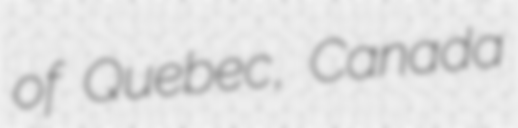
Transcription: of Quebec, Canada